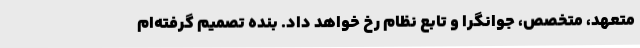
متعهد، متخصص، جوانگرا و تابع نظام رخ خواهد داد. بنده تصمیم گرفته‌ام